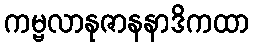
ကမ္ဗလာနုဇာနနာဒိကထာ